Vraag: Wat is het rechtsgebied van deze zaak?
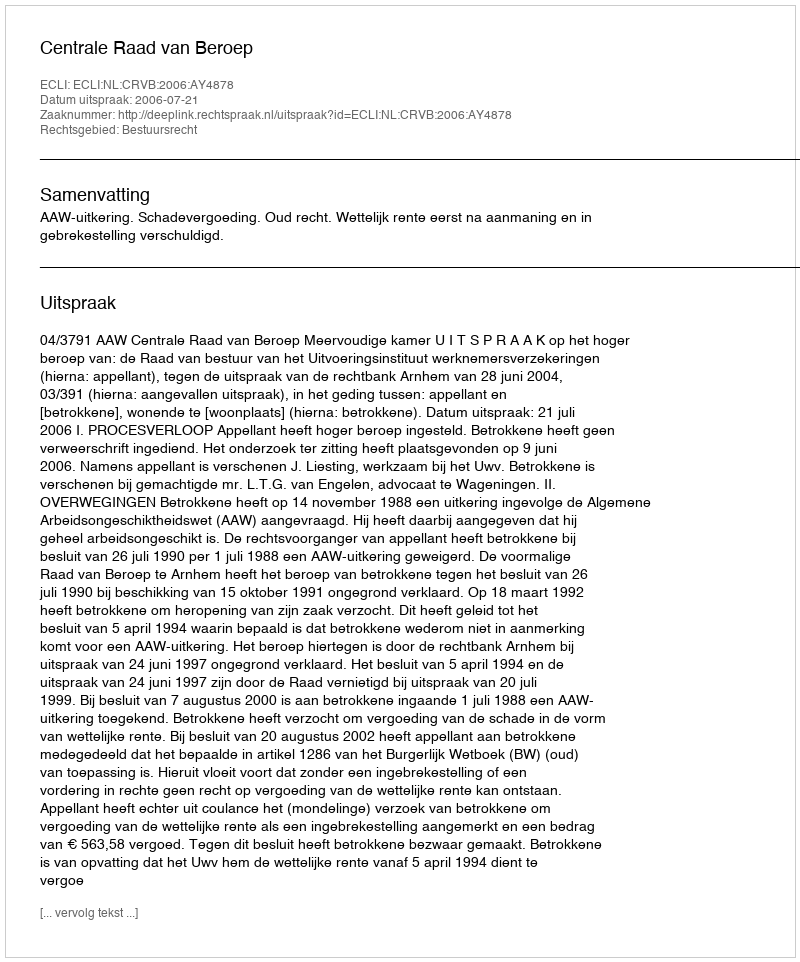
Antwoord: Bestuursrecht